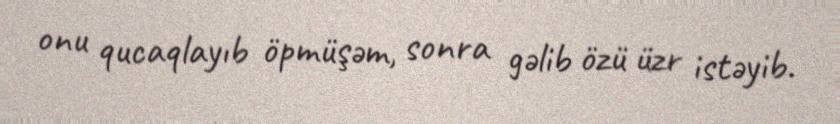
onu qucaqlayıb öpmüşəm, sonra gəlib özü üzr istəyib.